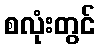
စလုံးတွင်